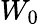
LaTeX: W_{0}